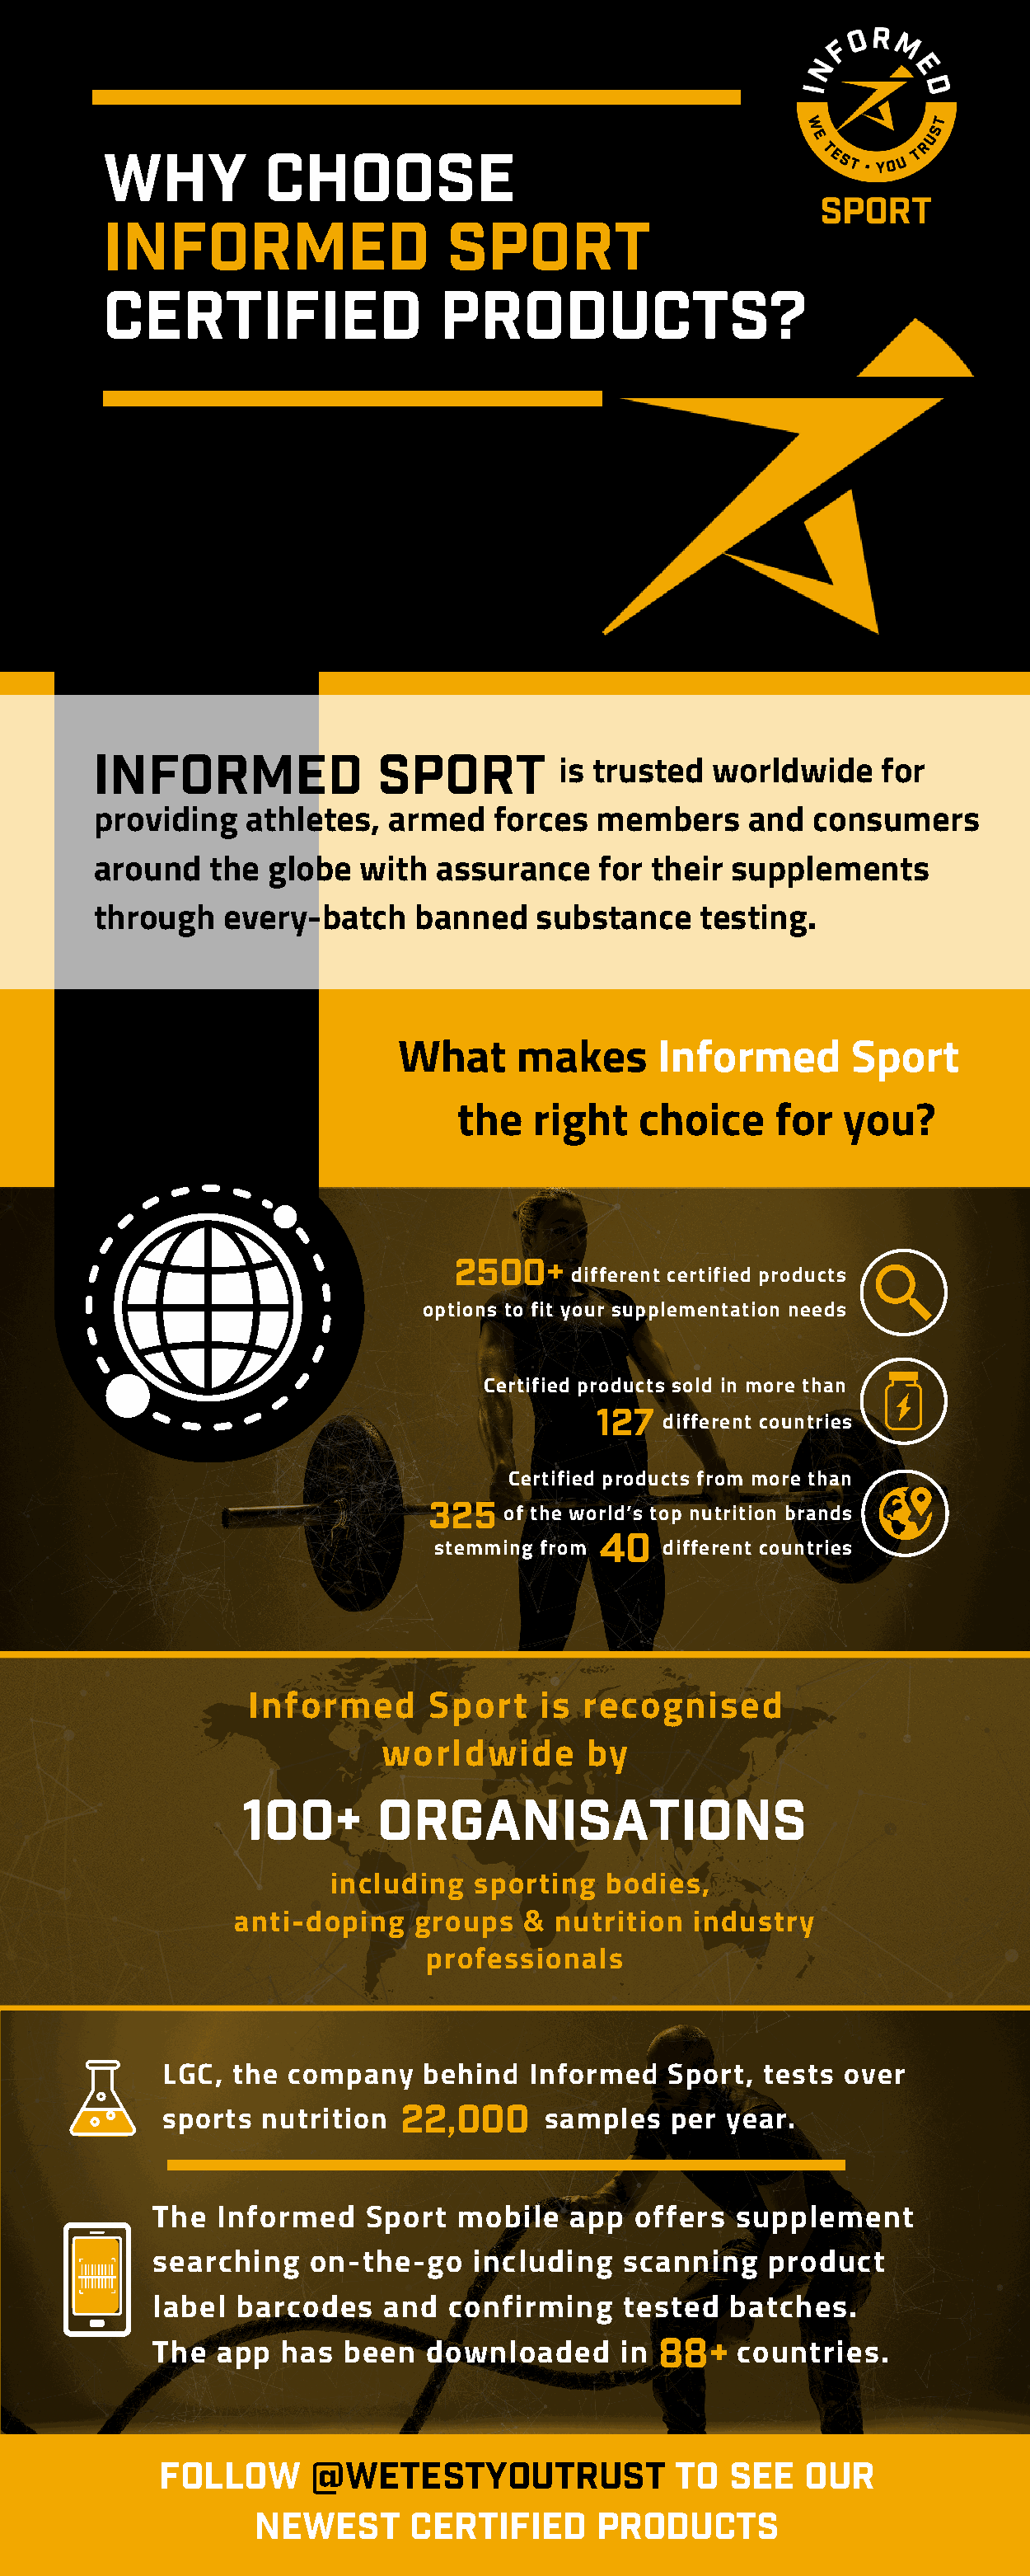
Why          Choose
 Informed                    Sport
 Certified                  Products?
 INFORMED               SPORT
 is trusted  worldwide     for
 providing   athletes,  armed    forces  members     and  consumers
 around   the globe   with  assurance    for their  supplements
 through   every-batch    banned    substance    testing.
 What     makes       Informed       Sport
 the   right   choice     for   you?
 2500+
 different certified products
 options to fit your supplementation needs
 Certified products sold in more than
 127
 different countries
 Certified products from more than
 325
 of the world’s top nutrition brands
 40
 stemming from     different countries
 Informed      Sport    is  recognised
 worldwide       by
 100+       ORganiSations
 including  sporting   bodies,
 anti-doping   groups   &  nutrition  industry
 professionals
 LGC,  the company    behind  Informed    Sport, tests  over
 22,000
 sports  nutrition              samples   per year.
 The  Informed    Sport   mobile   app  offers  supplement
 searching    on-the-go    including   scanning    product
 label  barcodes    and  confirming    tested   batches.
 88+
 The  app   has  been  downloaded      in       countries.
 follow      @wetestyoutrust              to   see   our
 newest       certified      products